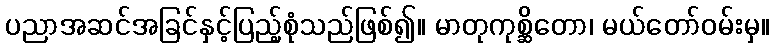
ပညာအဆင်အခြင်နှင့်ပြည့်စုံသည်ဖြစ်၍။ မာတုကုစ္ဆိတော၊ မယ်တော်ဝမ်းမှ။